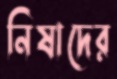
নিষাদের